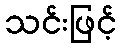
သင်းဖြင့်